Report of the Municipal Commissioner on the plague in Bombay for the year ending 31st May... - Volume 2
Disease focus: Plague
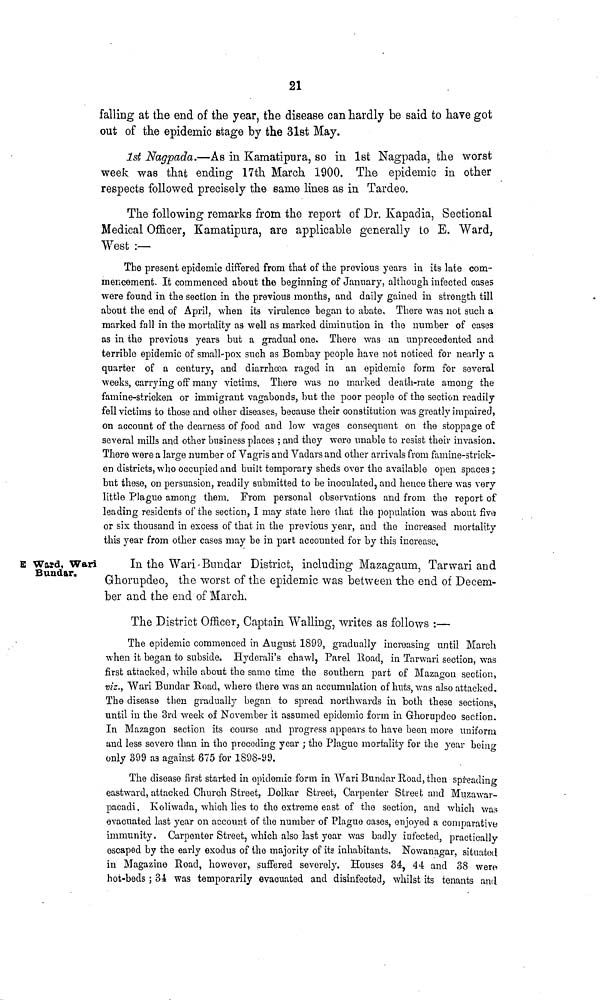
21
falling at the end of the year, the disease can hardly be said to have got
out of the epidemic stage by the 31st May.
1st Nagpada.—As in Kamatipura, so in 1st Nagpada, the worst
week was that ending 17th March 1900. The epidemic in other
respects followed precisely the same lines as in Tardeo.
The following remarks from the report of Dr. Kapadia, Sectional
Medical Officer, Kamatipura, are applicable generally to E. Ward,
West :—
The present epidemic differed from that of the previous years in its late com-
mencement. It commenced about the beginning of January, although infected cases
were found in the section in the previous months, and daily gained in strength till
about the end of April, when its virulence began to abate. There was not such a
marked fall in the mortality as well as marked diminution in the number of cases
as in the previous years but a gradual one. There was an unprecedented and
terrible epidemic of small-pox such as Bombay people have not noticed for nearly a
quarter of a century, and diarrhoea raged in an epidemic form for several
weeks, carrying off many victims. There was no marked death-rate among the
famine-stricken or immigrant vagabonds, but the poor people of the section readily
fell victims to those and other diseases, because their constitution was greatly impaired,
on account of the dearness of food and low wages consequent on the stoppage of
several mills and other business places ; and they were unable to resist their invasion.
There were a large number of Vagi-is and Vadars and other arrivals from famine-strick-
en districts, who occupied and built temporary sheds over the available open spaces ;
but these, on persuasion, readily submitted to be inoculated, and hence there was very
little Plague among them. From personal observations and from the report of
leading residents of the section, I may state here that the population was about five
or sis thousand in excess of that in the previous year, and the increased mortality
this year from other cases may be in part accounted for by this increase.
E Ward, Wari
Bundar.
In the Wari-Bimdar District, including Mazagaum, Tarwari and
Ghorupdeo, the worst of the epidemic was between the end of Decem-
ber and the end of March.
The District Officer, Captain Walling, writes as follows :—
The epidemic commenced in August 1899, gradually increasing until March
when it began to subside. Hyderali's chawl, Par el Eoad, in Tarwari section, was
first attacked, while about the same time the southern part of Mazagon section,
viz., Wari Bundar Road, where there was an accumulation of huts, was also attacked.
The disease then gradually began to spread northwards in both these sections,
until in the 3rd week of November it assumed epidemic form in Ghorupdoo section.
In Mazagon section its course and progress appears to have been more uniform
and less severe than in the preceding year ; the Plague mortality for the year beincr
only 399 as against 875 for 1898-99.
The disease first started in epidemic form in Wari Bundar Hoad, then spreading
eastward, attacked Church Street, Dolkar Street, Carpenter Street and Muzawar-
pacadi. Koliwada, which lies to the extreme east of the section, and which was
evacuated last year on account of the number of Plague cases, enjoyed a comparative
immunity. Carpenter Street, which also last year was badly infected, practically
escaped by the early exodus of the majority of its inhabitants, Nowanagar, situated
in Magazine Road, however, suffered severely. Houses 34 ? 44 and 38 were
hot-beds ; 34 was temporarily evacuated and disinfected, whilst its tenants and